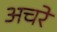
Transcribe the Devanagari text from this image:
अचरे